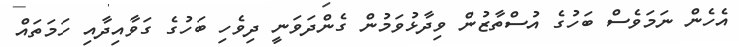
އެހެން ނަމަވެސް ބަހުގެ އުސްތާޒުން ވިދާޅުވަމުން ގެންދަވަނީ ދިވެހި ބަހުގެ ގަވާއިދާއި ހަމަތައް